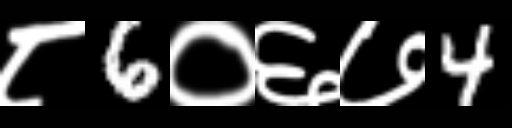
Text: ८6०६७4